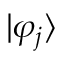
| \varphi _ { j } \rangle